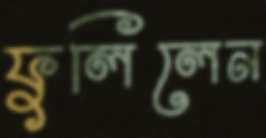
ফুলিলেন